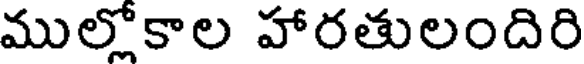
ముల్లోకాల హారతులందిరి